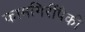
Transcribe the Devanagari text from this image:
कामगिरींपैकी